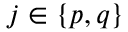
j \in \{ p , q \}